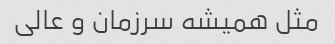
مثل همیشه سرزمان و عالی